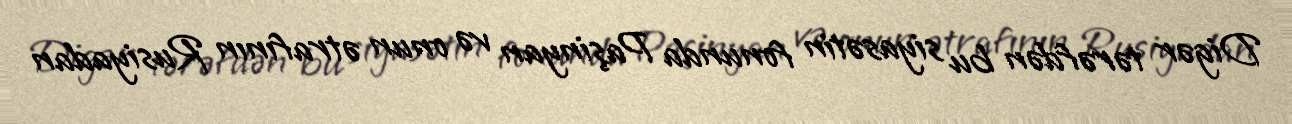
Digər tərəfdən bu siyasətin fonunda Paşinyan və onun ətrafının Rusiyadan